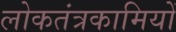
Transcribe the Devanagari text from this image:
लोकतंत्रकामियों